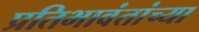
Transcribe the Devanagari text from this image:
प्रतिभावंतांच्या